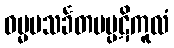
ဓမ္မမသင်္ခတမပ္ပဋိကူလံ